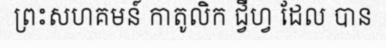
ព្រះសហគមន៍ កាតូលិក ជ្វីហ្វ ដែល បាន